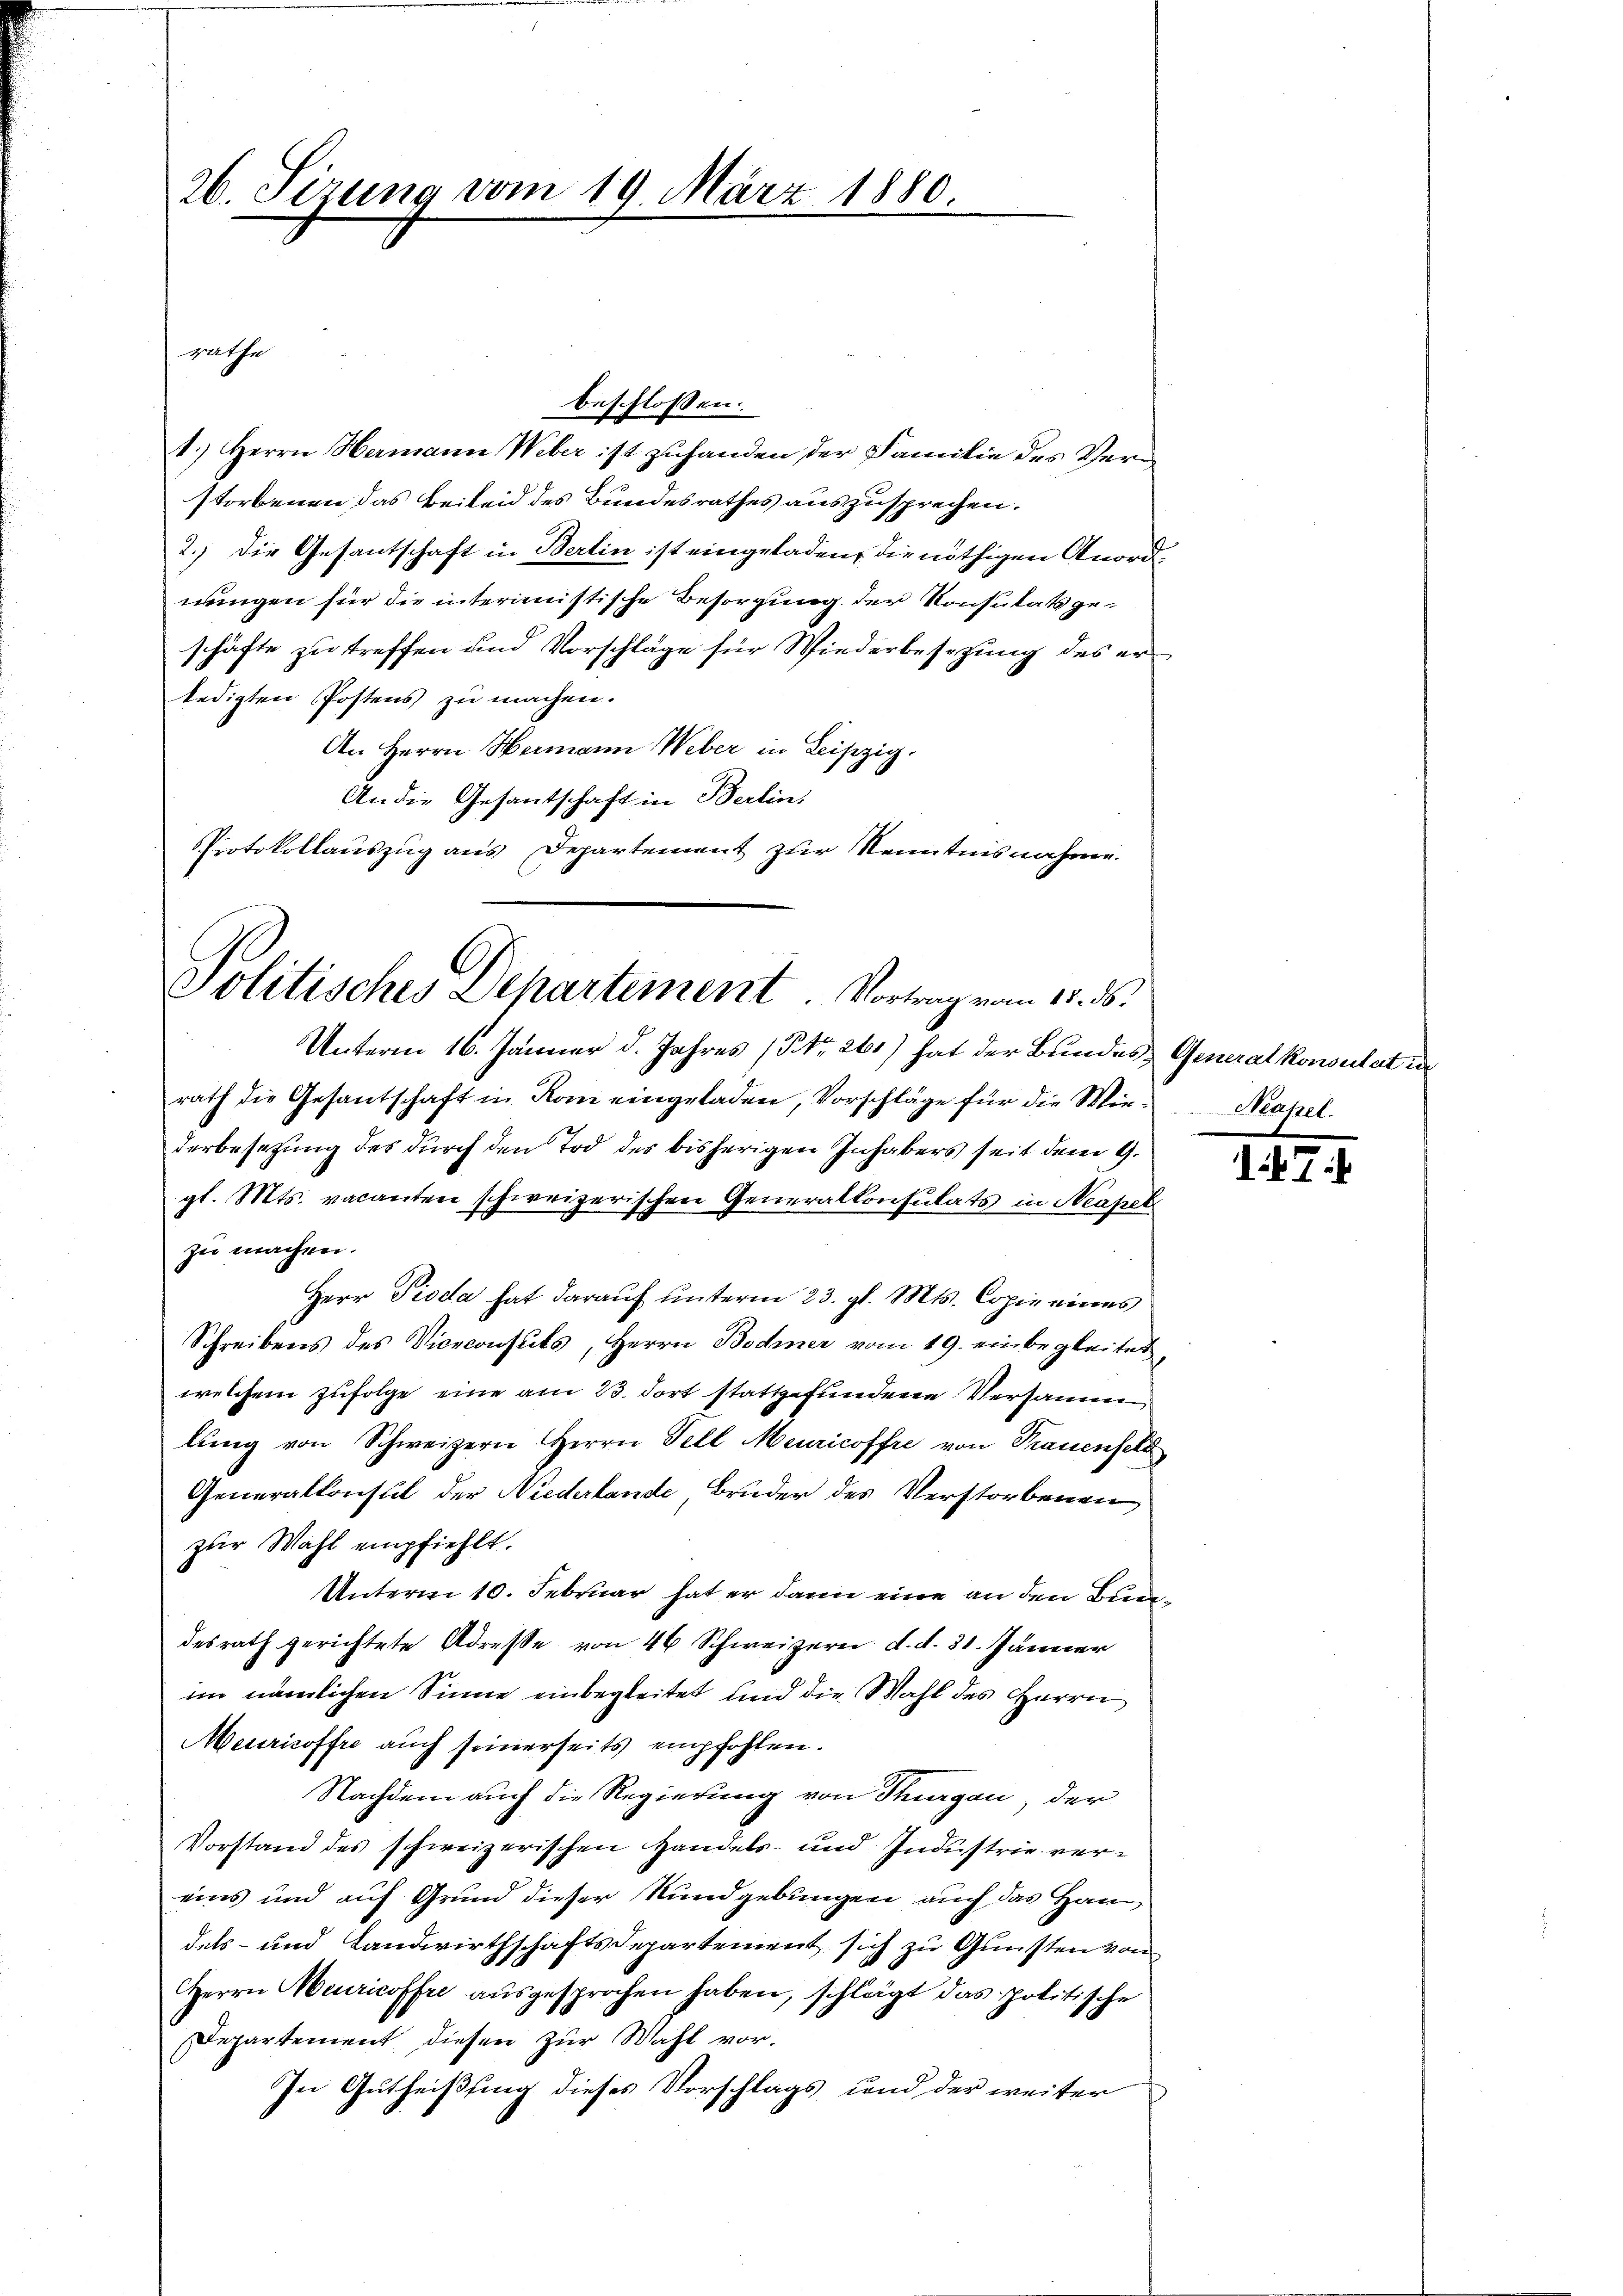
26. Sizung vom 19. März 1880

beschlossen:
1.) Herrn Hermann Weber ist zuhanden der Familie des Verstorbenen das Beileid des Bundesrathes auszusprechen.
2.) Die Gesantschaft in Berlin ist eingeladen, die nöthigen Anordnungen für die interimistische Besorgung der Konsulats geschäfte zu treffen und Vorschläge für Wiederbesezung des erledigten Postens zu machen.
An Herrn Hermann Weber in Leipzig.
An die Gesantschaft in Berlin,
PProtokollauszug aus Departement zur Kenntnisnahme.

rathe

Politisches Departement. Vortrag vom 15. ds.

Unterm 16. Jänner d. Jahres (§ Nr. 261) hat der Bundes, Generalkonsulat in
rath die Gesantschaft in Rom eingeladen, Vorschläge für die Wir- Neapel.
derbesezung des durch den Tod des bisherigen Inhabers seit dem 9.
gl. Mts. vacanten schweizerischen Generalkonsulats in Neapel
zu machen.
Herr Pioda hat darauf unterm 23. gl. Mts. Copie eines
Schreibens des Viceconsuls, Herrn Bodmer vom 19. einbegleitet
welchem zufolge eine am 23. dort stattgefundene Versamm
lŭng von Schweizern Herrn Fell Meuricoffre von Trauenfeld
Generalkonsul der Niederlande, Bruder des Verstorbenen
zur Wahl empfiehlt.
Unterm 10. Februar hat er dann eine an den Bundesrath gerichtete Adresse von 46 Schweizere d. d. 31. Jänner
im nämlichen Sinne einbegleitet und die Wahl des Herrn
Meiricoffre auch seinerseits empfohlen.
Nachdem auch die Regierung von Thurgau, der
Vorstand des schweizerischen Handels- und Industrie vereins und auf Grund dieser Rundgebungen auch das Hau
dels- und Landwirthschaftsdepartement sich zu Gunsten von
Herrn Meuricoffre ausgesprochen haben, schlägt das politische
Departement diesen zur Wahl vor.
In Gutheißung dieses Vorschlags und der weiter

7